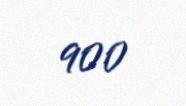
900